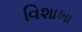
વિશાખા